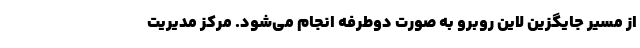
از مسیر جایگزین لاین روبرو به صورت دوطرفه انجام می‌شود. مرکز مدیریت